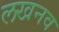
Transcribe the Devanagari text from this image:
लखनव